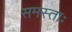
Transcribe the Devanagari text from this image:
समस्ताः